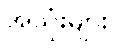
အသုံးများ